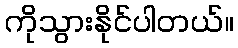
ကိုသွားနိုင်ပါတယ်။